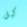
كيل